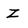
Character: Z